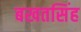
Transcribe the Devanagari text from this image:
बखतसिंह